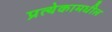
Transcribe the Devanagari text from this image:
प्रत्येकामधील